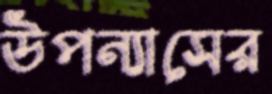
উপন্যাসের